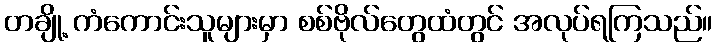
တချို့ ကံကောင်းသူများမှာ စစ်ဗိုလ်တွေထံတွင် အလုပ်ရကြသည်။